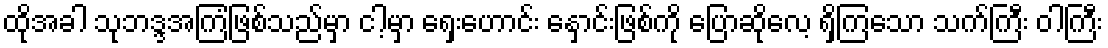
ထိုအခါ သုဘဒ္ဒအကြံဖြစ်သည်မှာ ငါ့မှာ ရှေးဟောင်း နှောင်းဖြစ်ကို ပြောဆိုလေ့ ရှိကြသော သက်ကြီး ဝါကြီး